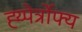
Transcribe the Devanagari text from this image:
ह्य्पेर्त्रोफ्य